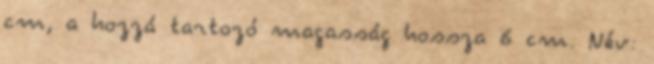
cm, a hozzá tartozó magasság hossza 6 cm. Név: